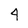
Character: 4